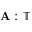
\mathbf A : \mathbb T